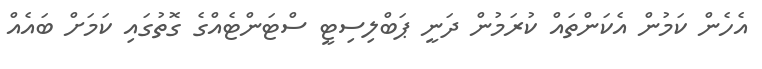
އެހެން ކަމުން އެކަންތައް ކުރަމުން ދަނީ ޕަބްލިސިޓީ ސްޓަންޓެއްގެ ގޮތުގައި ކަމަށް ބައެއް